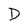
Character: D